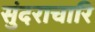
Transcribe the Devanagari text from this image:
सुंदराचारि